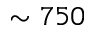
\sim 7 5 0